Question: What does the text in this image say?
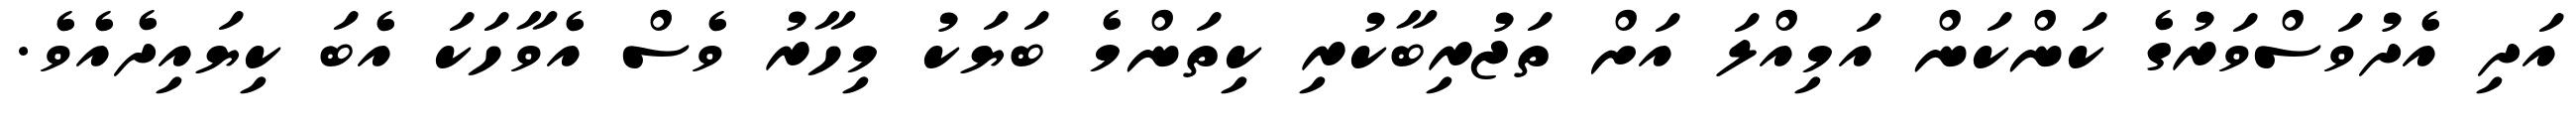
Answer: އަދި އެދުވަސްވަރުގެ ކަންކަން އަމިއްލަ އަށް ތަޖުރިބާކުރި ކިތަންމެ ބަޔަކު މިހާރު ވެސް އެވާހަކަ އެބަ ކިޔައިދެއެވެ.